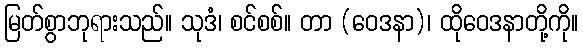
မြတ်စွာဘုရားသည်။ သုဒံ၊ စင်စစ်။ တာ (ဝေဒနာ)၊ ထိုဝေဒနာတို့ကို။